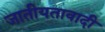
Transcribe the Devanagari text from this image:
जातीयतावादी